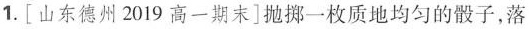
1.[山东德州2019高一期末]抛掷一枚质地均匀的骰子，落